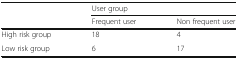
<table><thead><tr><td rowspan="2"></td><td colspan="2"><b>User group</b></td></tr><tr><td><b>Frequent user</b></td><td><b>Non frequent user</b></td></tr></thead><tbody><tr><td>High risk group</td><td>18</td><td>4</td></tr><tr><td>Low risk group</td><td>6</td><td>17</td></tr></tbody></table>